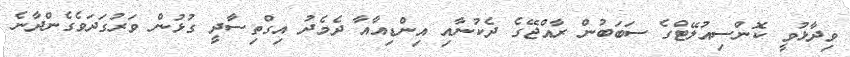
ވިދާޅުވީ ކޮންސިއުލޭޓްގެ ސަބަބުން ރާއްޖޭގެ ދެކުނާއި އިންޑިއާއާ ދެމެދު އިގްތިސާދީ ގުޅުން ވަރުގަދަވެގެންދާނެ